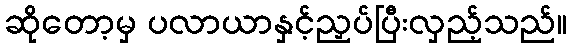
ဆိုတော့မှ ပလာယာနှင့်ညှပ်ပြီးလှည့်သည်။